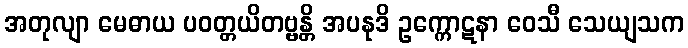
အတုလျာ မေဓာယ ပဝတ္တယိတဗ္ဗန္တိ အပနုဒိ ဥက္ကောဋနာ ဝေသီ သေယျသက